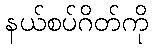
နယ်စပ်ဂိတ်ကို